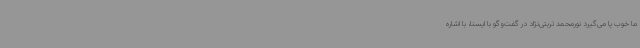
ما خوب پا می‌گیرد نورمحمد تربتی‌نژاد در گفت‌وگو با ایسنا، با اشاره